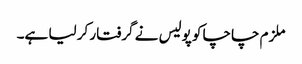
ملزم چاچا کو پولیس نے گرفتار کر لیا ہے۔